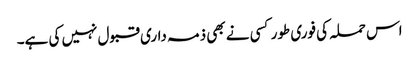
اس حملہ کی فوری طور کسی نے بھی ذمہ داری قبول نہیں کی ہے۔